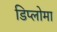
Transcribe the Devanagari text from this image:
डिप्‍लोमा